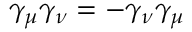
\gamma _ { \mu } \gamma _ { \nu } = - \gamma _ { \nu } \gamma _ { \mu }